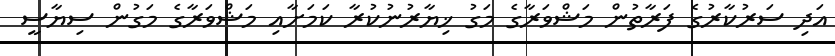
އަދި ސަރުކާރުގެ ފަރާތުން މަޝްވަރާގެ މަގު ޚިޔާރުނުކުރާ ކަމަށާއި މަޝްވަރާގެ މަގުން ސިޔާސީ